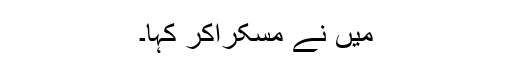
میں نے مسکراکر کہا۔